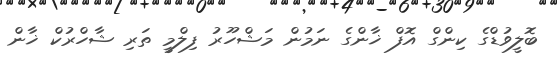
ބޮލީވުޑްގެ ކިންގް އޮފް ޚާންގެ ނަމުން މަޝްހޫރު ފިލްމީ ތަރި ޝާހްރުކް ޚާން